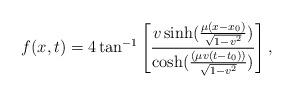
LaTeX: \begin{align*}f(x,t) = 4\tan^{-1}\left[\frac{v\sinh(\frac{\mu (x-x_0)}{\sqrt{1-v^2}})}{\cosh(\frac{(\mu v(t-t_0))}{\sqrt{1-v^2}})}\right], \end{align*}